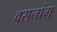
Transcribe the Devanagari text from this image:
वसनांग